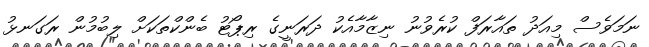
ނަމަވެސް މިއަދު ތައާރަފް ކުރެވުނު ނިޒާމާއެކު ދަރަނީގެ ރިޕޯޓު ބެންކްތަކަށް ލިބުމުން ރަގަނޅު